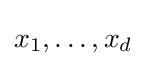
x_{1},\dots ,x_{d}